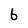
Character: 6